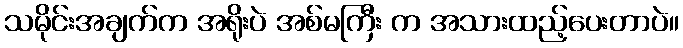
သမိုင်းအချက်က အရိုးပဲ အစ်မကြီး က အသားထည့်ပေးတာပဲ။